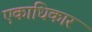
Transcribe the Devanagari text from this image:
एकाधिकार